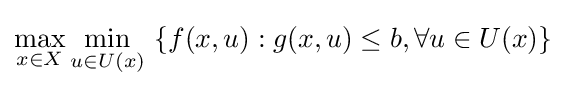
\max _{x\in X}\min _{u\in U(x)}\ \{f(x,u):g(x,u)\leq b,\forall u\in U(x)\}